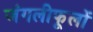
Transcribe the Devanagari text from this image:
जंगलीफूलों